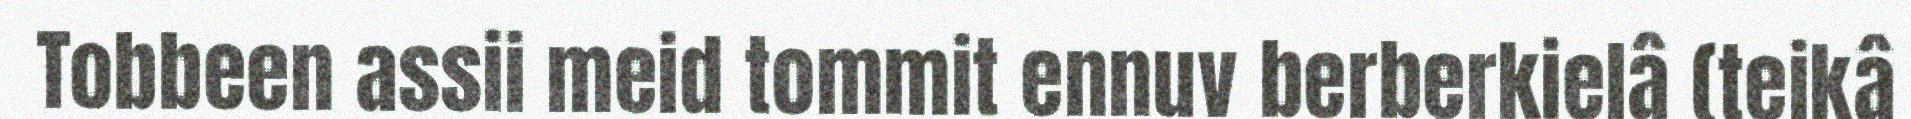
Tobbeen assii meid tommit ennuv berberkielâ (teikâ